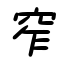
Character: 窄